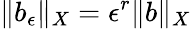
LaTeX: \| b_{\epsilon}\| _{X}=\epsilon^{r}\| b\| _{X}